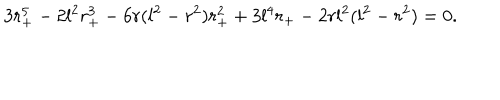
LaTeX: 3 r _ { + } ^ { 5 } - 2 l ^ { 2 } r _ { + } ^ { 3 } - 6 r ( l ^ { 2 } - r ^ { 2 } ) r _ { + } ^ { 2 } + 3 l ^ { 4 } r _ { + } - 2 r l ^ { 2 } ( l ^ { 2 } - r ^ { 2 } ) = 0 .